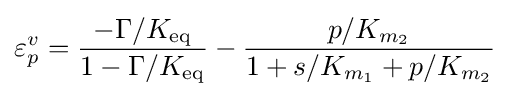
\varepsilon _{p}^{v}={\frac {-\Gamma /K_{\text{eq}}}{1-\Gamma /K_{\text{eq}}}}-{\frac {p/K_{m_{2}}}{1+s/K_{m_{1}}+p/K_{m_{2}}}}